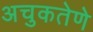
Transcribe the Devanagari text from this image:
अचुकतेणे